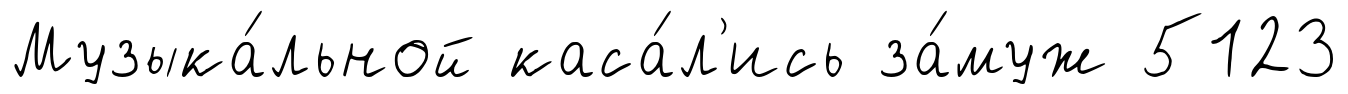
Музыка́льной каса́л'ись за́муж 5123